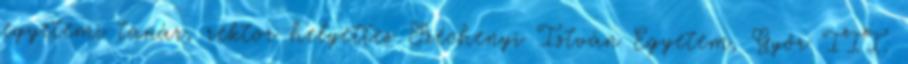
egyetemi tanár, rektor helyettes Széchenyi István Egyetem, Győr III.